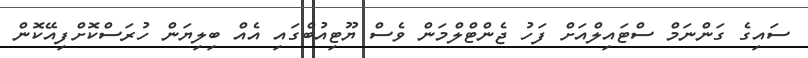
ސައިގެ ގަންނަމް ސްޓައިލްއަށް ފަހު ޖެންޓްލްމަން ވެސް ޔޫޓިއުބްގައި އެއް ބިލިޔަން ހުރަސްކޮށްފިއޭކޮން